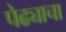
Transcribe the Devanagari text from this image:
पेढ्याचा